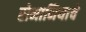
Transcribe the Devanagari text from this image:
रोमानियाचे